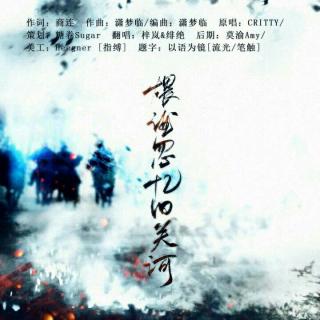
关河底事空留客？岁月无情不贷人。